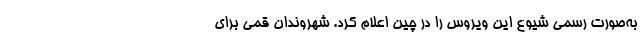
به‌صورت رسمی شیوع این ویروس را در چین اعلام کرد. شهروندان قمی برای